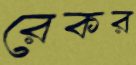
রেকর